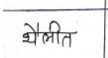
मजकूर: थैलीत